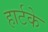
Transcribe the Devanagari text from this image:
हार्टके